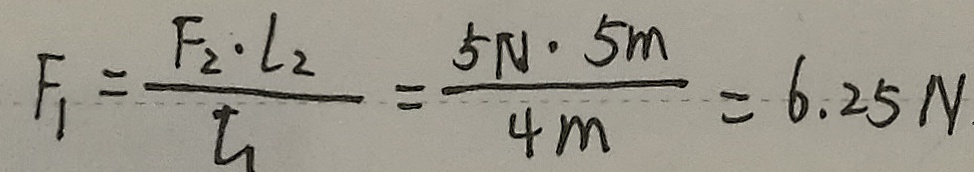
F _ { 1 } = \frac { F _ { 2 } \cdot l _ { 2 } } { l _ { 1 } } = \frac { 5 N \cdot 5 m } { 4 m } = 6 . 2 5 N